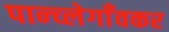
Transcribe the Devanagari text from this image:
पान्च्लेगाँवकर